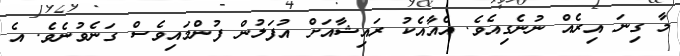
މާ ގިނަ އިރެއް ނުނެގިއެވެ. އެއާއެކު ރައިޝާއަށް އުފަލުން ފުންމައިވެސް ގަނެވުނެވެ. އެ